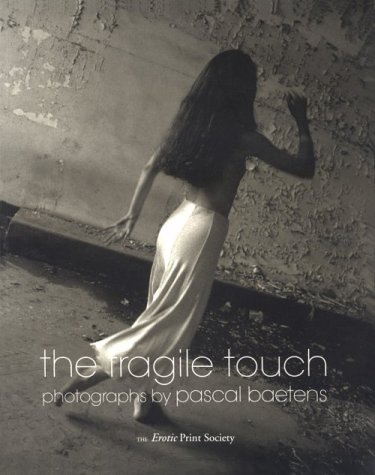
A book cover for The Fragile Touch; PHOTOGRAPHS BY PASCAL BAETENS; Arts & Photography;